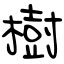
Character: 樹